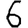
Digit: 6